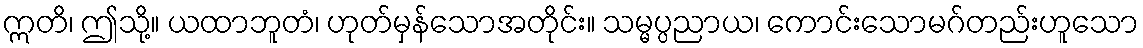
ဣတိ၊ ဤသို့။ ယထာဘူတံ၊ ဟုတ်မှန်သောအတိုင်း။ သမ္မပ္ပညာယ၊ ကောင်းသောမဂ်တည်းဟူသော